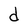
Character: d